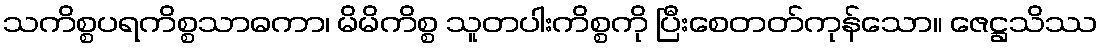
သကိစ္စပရကိစ္စသာဓကာ၊ မိမိကိစ္စ သူတပါးကိစ္စကို ပြီးစေတတ်ကုန်သော။ ဇေဋ္ဌသိဿ